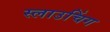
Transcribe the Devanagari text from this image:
स्लाउचिंग